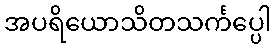
အပရိယောသိတသင်္ကပ္ပေါ